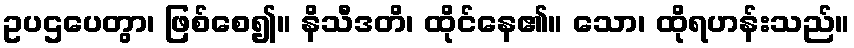
ဥပဌပေတွာ၊ ဖြစ်စေ၍။ နိသီဒတိ၊ ထိုင်နေ၏။ သော၊ ထိုရဟန်းသည်။